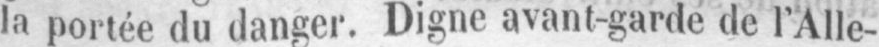
la portée du danger. Digne avant-garde de l’Alle-